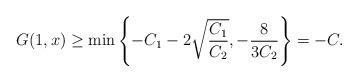
LaTeX: \begin{align*}G(1,x)\geq\min\left\{ -C_{1}-2\sqrt{\frac{C_{1}}{C_{2}}},-\frac{8}{3C_{2}}\right\} =-C.\end{align*}